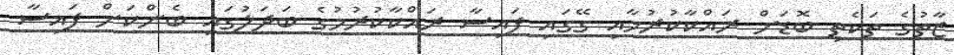
ޒާތުގެ ތަކެތި ބޮޑަށް ރައްކާކުރުމާއި ގޭގައި ފައިސާ ރައްކާކުރުމުގެ ބަދަލުގައި ބެންކަށް ފައިސާ